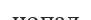
нопал